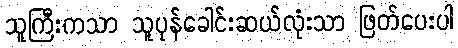
သူကြီးကသာ သူပုန်ခေါင်းဆယ်လုံးသာ ဖြတ်ပေးပါ